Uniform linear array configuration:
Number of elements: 12
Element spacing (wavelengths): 0.75
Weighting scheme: hann
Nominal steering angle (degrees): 15
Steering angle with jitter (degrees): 14.73
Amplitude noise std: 0.05
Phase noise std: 0.05

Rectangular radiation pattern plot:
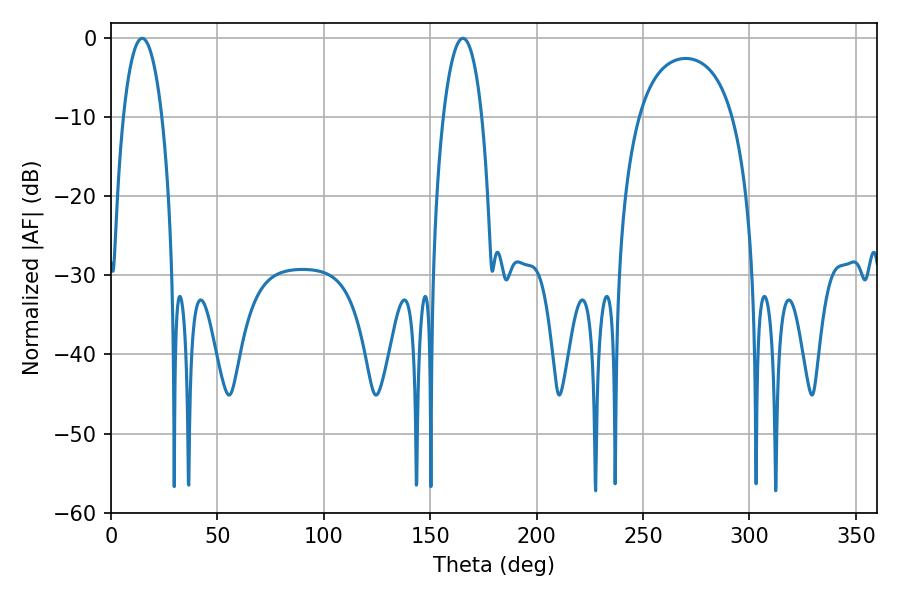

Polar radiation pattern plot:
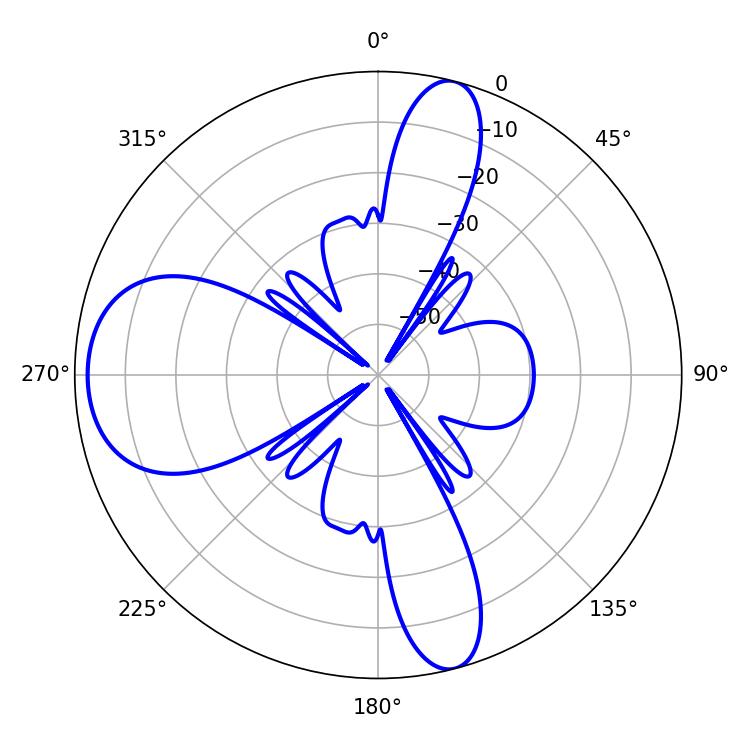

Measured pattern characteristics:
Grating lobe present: TRUE
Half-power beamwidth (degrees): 10.26
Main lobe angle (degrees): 14.58